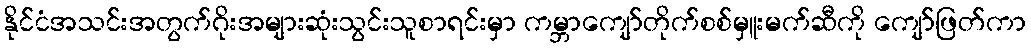
နိုင်ငံအသင်းအတွက်ဂိုးအများဆုံးသွင်းသူစာရင်းမှာ ကမ္ဘာကျော်တိုက်စစ်မှူးမက်ဆီကို ကျော်ဖြတ်ကာ